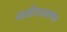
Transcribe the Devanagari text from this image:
सर्वांच्यासमोर